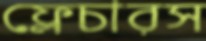
ফ্লেচারস